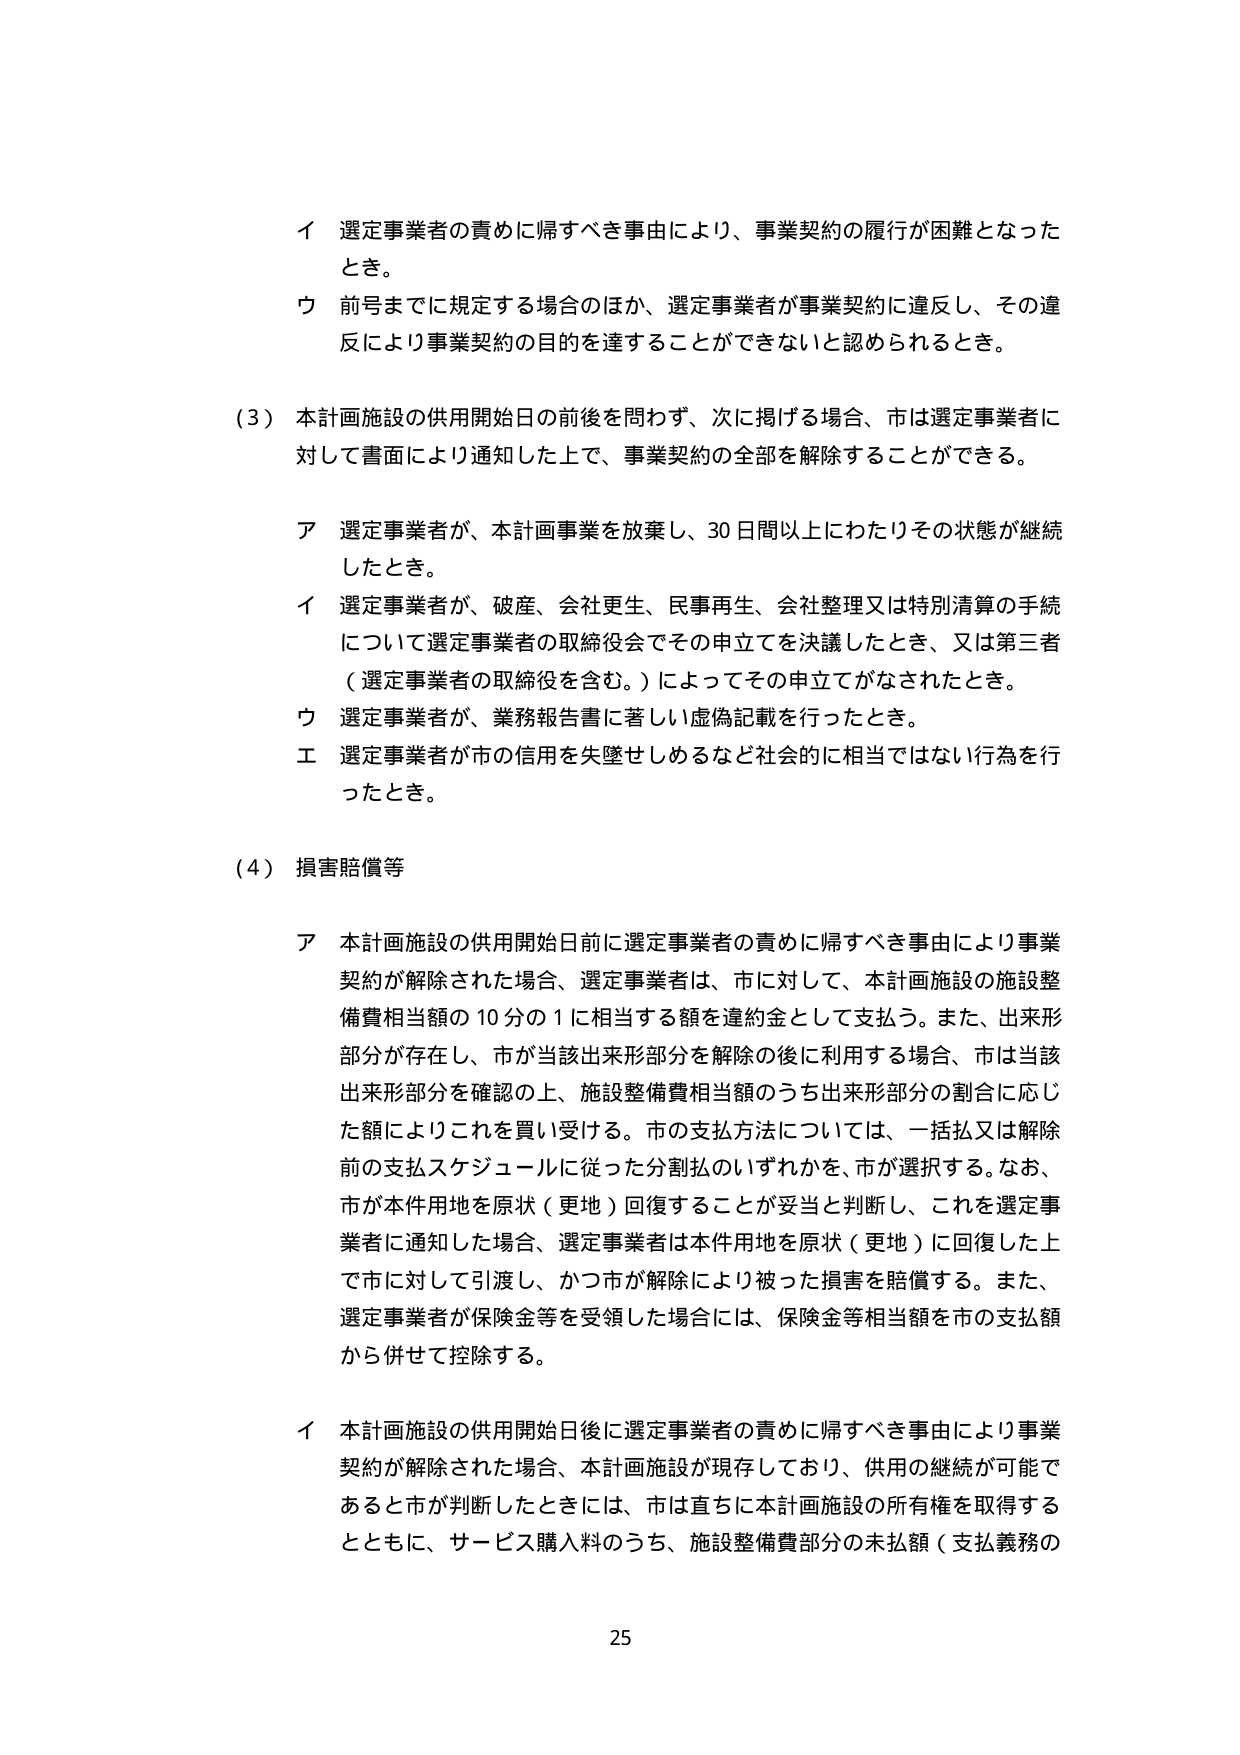
イ 選定事業者の責めに帰すべき事由により、事業契約の履行が困難となったとき。

ウ 前号までに規定する場合のほか、選定事業者が事業契約に違反し、その違反により事業契約の目的を達することができないと認められるとき。

（3）本計画施設の供用開始日の前後を問わず、次に掲げる場合、市は選定事業者に対して書面により通知した上で、事業契約の全部を解除することができる。

ア 選定事業者が、本計画事業を放棄し、30日間以上にわたりその状態が継続したとき。

イ 選定事業者が、破産、会社更生、民事再生、会社整理又は特別清算の手続について選定事業者の取締役会でその申立てを決議したとき、又は第三者（選定事業者の取締役を含む。）によってその申立てがなされたとき。

ウ 選定事業者が、業務報告書に著しい虚偽記載を行ったとき。

エ 選定事業者が市の信用を失墜せしめるなど社会的に相当ではない行為を行ったとき。

（4）損害賠償等

ア 本計画施設の供用開始日前に選定事業者の責めに帰すべき事由により事業契約が解除された場合、選定事業者は、市に対して、本計画施設の施設整備費相当額の10分の1に相当する額を違約金として支払う。また、出来形部分が存在し、市が当該出来形部分を解除の後に利用する場合、市は当該出来形部分を確認の上、施設整備費相当額のうち出来形部分の割合に応じた額によりこれを買い受ける。市の支払方法については、一括払又は解除前の支払スケジュールに従った分割払のいずれかを、市が選択する。なお、市が本件用地を原状（更地）回復することが妥当と判断し、これを選定事業者に通知した場合、選定事業者は本件用地を原状（更地）に回復した上で市に対して引渡し、かつ市が解除により被った損害を賠償する。また、選定事業者が保険金等を受領した場合には、保険金等相当額を市の支払額から併せて控除する。

イ 本計画施設の供用開始日後に選定事業者の責めに帰すべき事由により事業契約が解除された場合、本計画施設が現存しており、供用の継続が可能であると市が判断したときには、市は直ちに本計画施設の所有権を取得するとともに、サービス購入料のうち、施設整備費部分の未払額（支払義務の

25